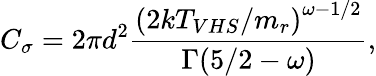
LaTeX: C_{\sigma}=2\pi d^{2}\frac{\left(2kT_{VHS}/m_{r}\right)^{\omega-1/2}}{\Gamma(5/2-\omega)},